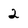
Character: 2